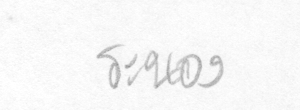
ระนอง